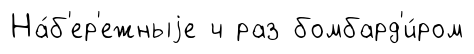
На́б'ер'ежныjе ч раз бомбард'и́ром